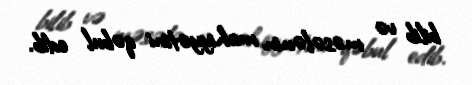
bilib və məsələnin mahiyyətini qəbul edib.